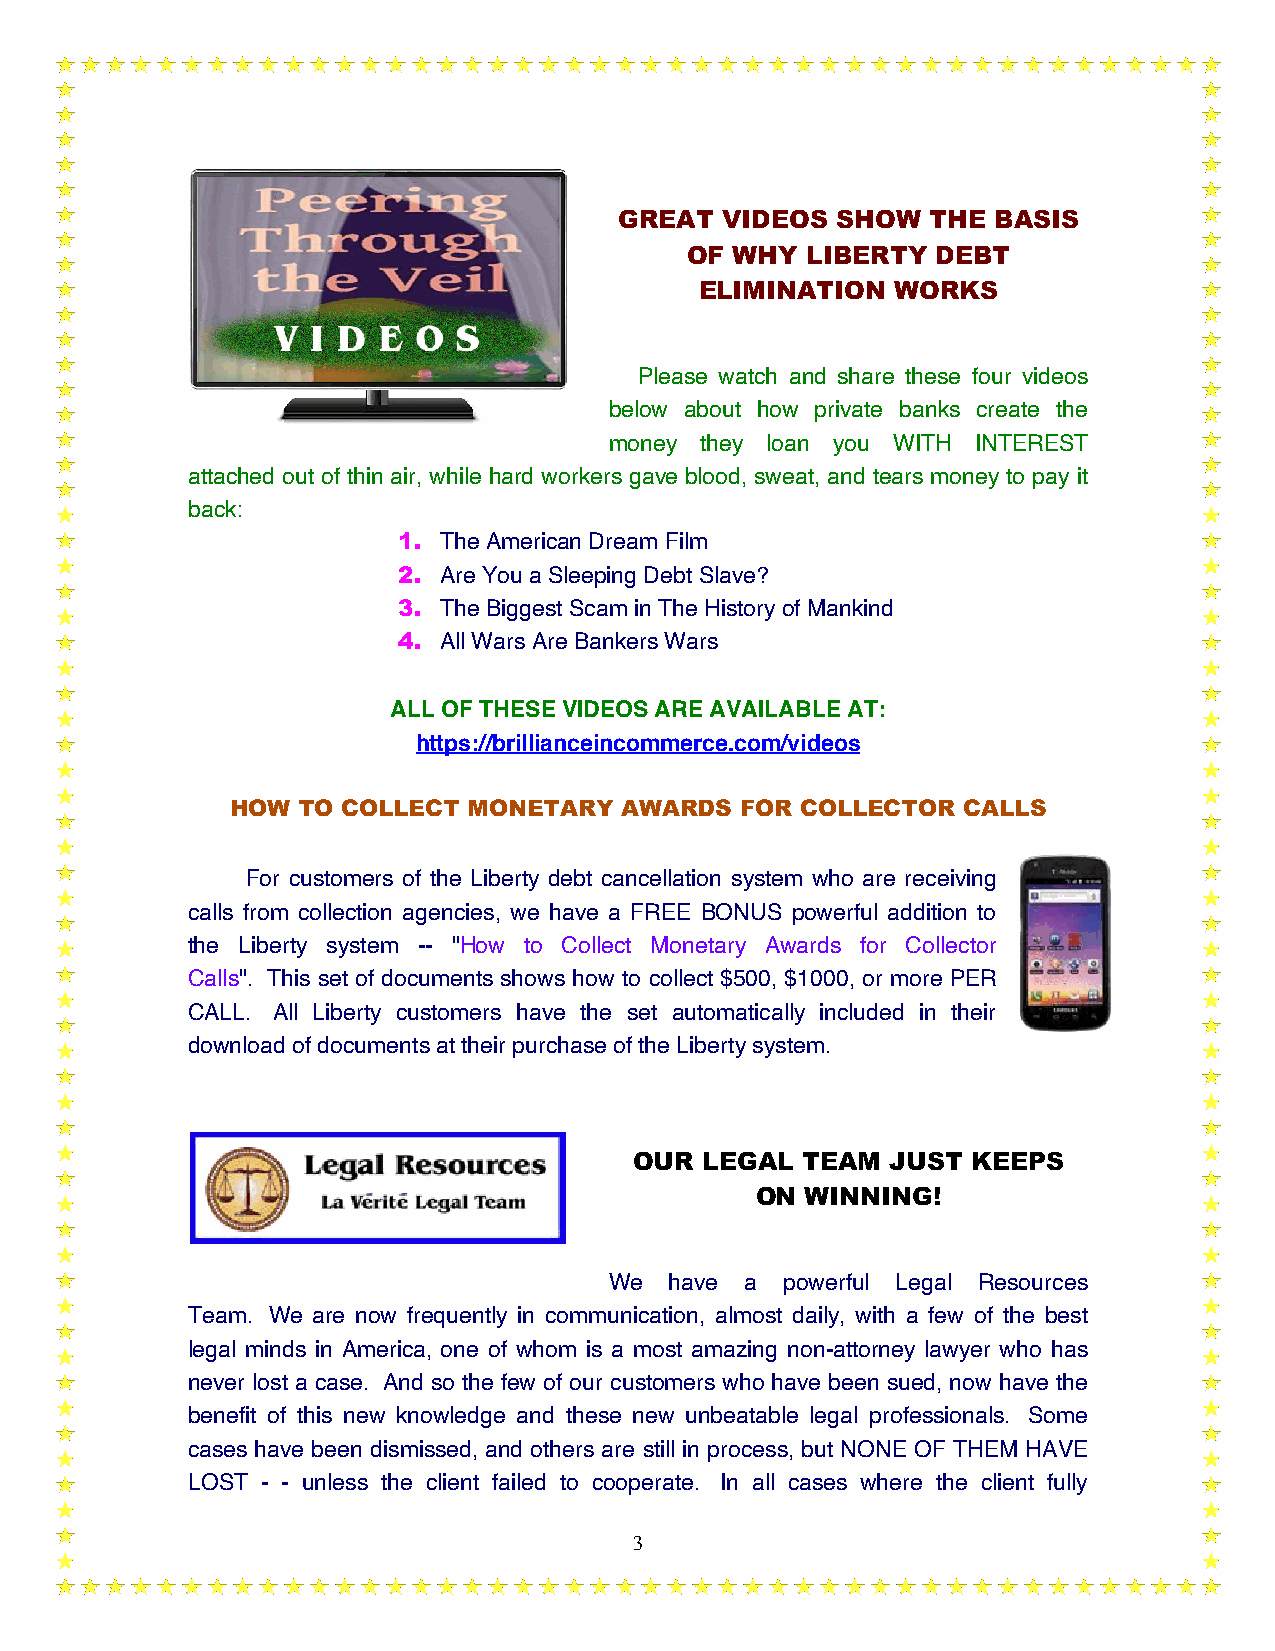
GREAT  VIDEOS SHOW   THE BASIS
 OF  WHY LIBERTY  DEBT
 ELIMINATION  WORKS
 Please watch and share these four videos
 below about how private banks create the
 money they loan you WITH INTEREST
 attached out of thin air, while hard workers gave blood, sweat, and tears money to pay it
 back:
 1. The American Dream Film
 2. Are You a Sleeping Debt Slave?
 3. The Biggest Scam in The History of Mankind
 4. All Wars Are Bankers Wars
 ALL OF THESE VIDEOS ARE AVAILABLE AT:
 https://brillianceincommerce.com/videos
 HOW  TO COLLECT MONETARY  AWARDS  FOR COLLECTOR  CALLS
 For customers of the Liberty debt cancellation system who are receiving
 calls from collection agencies, we have a FREE BONUS powerful addition to
 the Liberty system -- "How to Collect Monetary Awards for Collector
 Calls". This set of documents shows how to collect $500, $1000, or more PER
 CALL. All Liberty customers have the set automatically included in their
 download of documents at their purchase of the Liberty system.
 OUR LEGAL  TEAM  JUST KEEPS
 ON WINNING!
 We  have a  powerful Legal Resources
 Team. We are now frequently in communication, almost daily, with a few of the best
 legal minds in America, one of whom is a most amazing non-attorney lawyer who has
 never lost a case. And so the few of our customers who have been sued, now have the
 benefit of this new knowledge and these new unbeatable legal professionals. Some
 cases have been dismissed, and others are still in process, but NONE OF THEM HAVE
 LOST - - unless the client failed to cooperate. In all cases where the client fully
 3